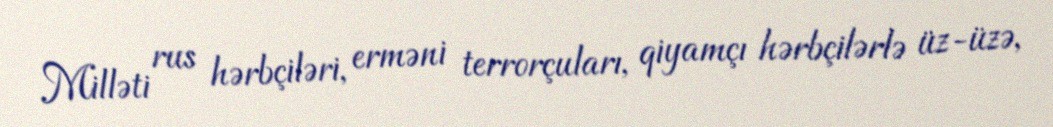
Milləti rus hərbçiləri, erməni terrorçuları, qiyamçı hərbçilərlə üz-üzə,